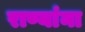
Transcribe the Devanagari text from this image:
राण्यांना